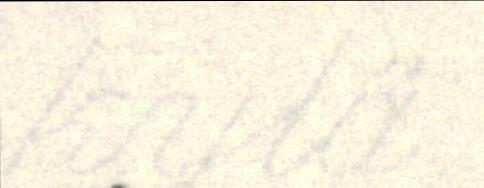
kylä